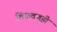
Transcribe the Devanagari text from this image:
शिकवणही